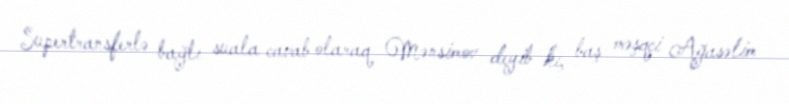
Supertransferlə bağlı suala cavab olaraq Mənsimov deyib ki, baş məşqçi Ağasəlim